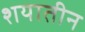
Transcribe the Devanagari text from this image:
शयातीन